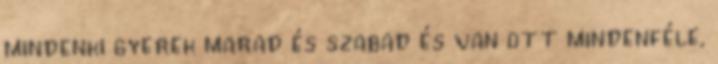
mindenki gyerek marad és szabad és van ott mindenféle,